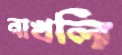
নাখলি